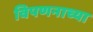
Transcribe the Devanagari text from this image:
विपणनाच्या